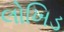
લોખિડ